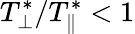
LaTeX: T_{\perp}^{*}/T_{\| }^{*}<1